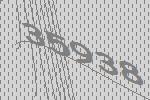
35938